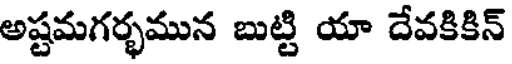
అష్టమగర్భమున బుట్టి యా దేవకికిన్